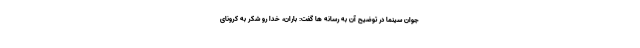
جوان سینما در توضیح آن به رسانه ها گفت: باران، خدا رو شکر به کرونای